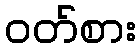
ဝတ်စား